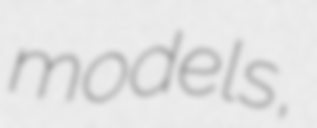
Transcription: models,